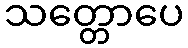
သတ္တောပေ